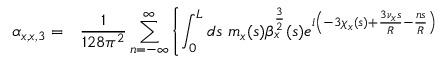
\begin{array} { c l } { \alpha _ { x , x , 3 } = } & { \displaystyle \frac { 1 } { 1 2 8 \pi ^ { 2 } } \displaystyle \sum _ { n = - \infty } ^ { \infty } \left\{ \int _ { 0 } ^ { L } { d s \ m _ { x } ( s ) \beta _ { x } ^ { \frac { 3 } { 2 } } ( s ) e ^ { i \left( - 3 \chi _ { x } ( s ) + \frac { 3 \nu _ { x } s } { R } - \frac { n s } { R } \right) } } \right. } \end{array}